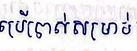
ប្រើប្រាស់សម្រាប់